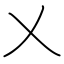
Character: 乂